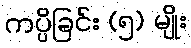
ကပ္ပိခြင်း (၅) မျိုး